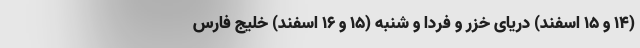
(۱۴ و ۱۵ اسفند) دریای خزر و فردا و شنبه (۱۵ و ۱۶ اسفند) خلیج فارس